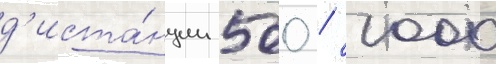
д'иста́нции 500 / 1000